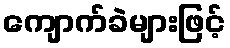
ကျောက်ခဲများဖြင့်